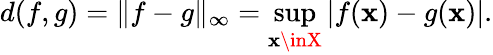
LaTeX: d(f,g)=\| f-g\| _{\infty}=\operatorname*{sup}_{\mathbf{x}\inX}|f(\mathbf{x})-g(\mathbf{x})|.